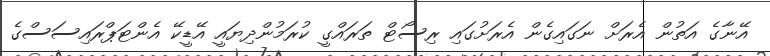
އޭނާގެ އަތުން އެރަށް ނަގައިގެން އެރަށުގައި ރިސޯޓް ތަރައްގީ ކުރަމުންދިޔައީ އޭޑީކޭ އެންޓަޕްރައިސަސްގެ